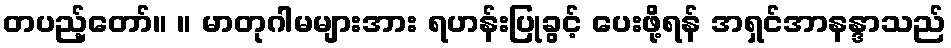
တပည့်တော်။ ။ မာတုဂါမများအား ရဟန်းပြုခွင့် ပေးဖို့ရန် အရှင်အာနန္ဒာသည်